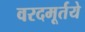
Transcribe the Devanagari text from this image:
वरदमूर्तये